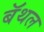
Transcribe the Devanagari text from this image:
बॅथल